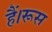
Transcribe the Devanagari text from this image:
हैं।रूस